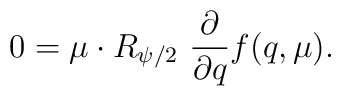
0 = \mu\cdot R_{\psi/2}\ {\partial\over {\partial q}}f(q,\mu).